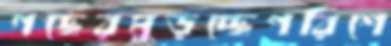
গছেরমুড়চ্ছেপরিশে